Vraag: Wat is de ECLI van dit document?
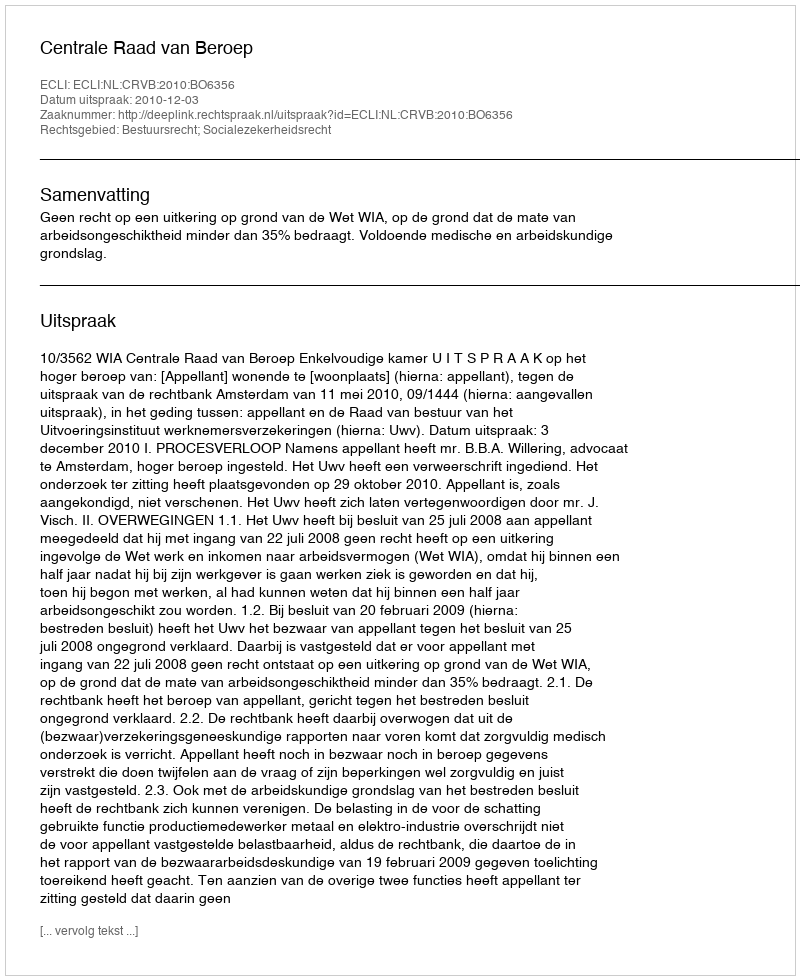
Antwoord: ECLI:NL:CRVB:2010:BO6356